Annual report on the working of the mental hospitals in the Madras Presidency - 1912-1932
Year: 1912
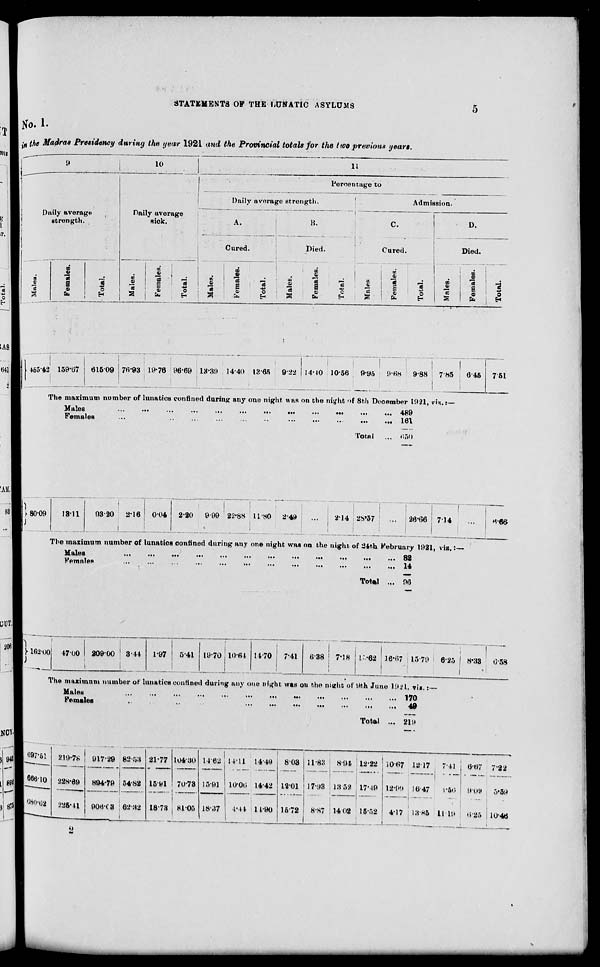
STATEMENTS OF THE LUNATIC ASYLUMS
5
No. I.
in the Madras Presidency during the year 1921 and the Provincial totals for the two previous years.
9
Daily average
strength.
Males.
Females.
Total.
10
Daily average
sick.
Males.
Females.
Total.
11
Percentage to
Daily average strength.
A.
Cured.
Males.
Females.
Total.
B.
Died.
Males.
Females.
Total.
Admission.
C.
Cured.
Males
Females.
Total.
D.
Died.
Males.
Females.
Total.
455.42 159.67 615.09 76.93 19.76 96.69 13.39 14.40 13.65 9.22 14.40 10.56
9.95
9.68
9.88 7.85
6.45
7.51
The maximum number of lunatics confined during any one night was on the night of 8th December 1921, viz.:—
Males
...
...
...
...
...
...
...
...
...
...
Females ... ... ... ... ... ... ... ... ...
Total ...
489
161
650
80.09
13.11
93.20
2.16 0.04
2.20
9.99 22.88 11.80 2.49
...
2.14 28.57
...
26.66 7.14
...
6.66
The maximum number of lunatics confined during any one night was on the night of 24th February 1921, viz.:—
Males
...
...
...
...
...
...
...
...
...
...
...
...
Females
...
...
...
...
...
...
...
...
...
...
...
...
Total ...
82
14
96
162.00 47.00 209.00 3.44
1.97
5.41 19.70 10.64 14.70
7.41
6.38
7.18 15.62 16.67 13.79
6.25
8.38
6.58
The maximum number of lunatics confined during any one night was on the night of 9th June 1921, viz.:—
Males
...
...
...
...
...
...
...
...
...
...
...
...
...
...
Females
...
...
...
...
...
...
...
...
...
...
...
...
...
Total ...
170
49
219
697,51
666.10
680.62
219.78
228.69
225.41
917.29
894.79
906.03
82.53
54.82
62.32
21.77
15.91
18.73
104.30
70.73
81.05
14.62
13.91
18.37
14.11
10.06
4.44
14.49
14.42
14.90
8.03
12.01
15.72
11.83
17.93
8.87
8.94
13.52
14.02
12.22
17.49
15.52
10.67
12.99
4.17
12.17
16.47
13.85
7.41
1.56
11.19
6.67
9.09
6.25
7.22
3.59
10.46
2